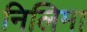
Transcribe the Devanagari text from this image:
निलिमा